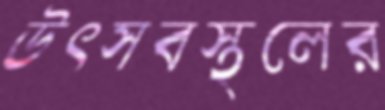
উৎসবস্থলের